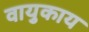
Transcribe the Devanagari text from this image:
वायुकाय